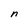
Character: n